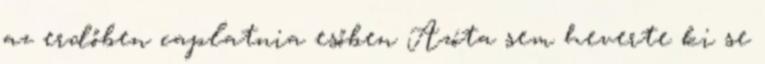
az erdőben caplatnia esőben Azóta sem heverte ki se